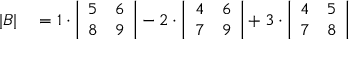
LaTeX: \begin{array} { r l } { | B | } & { { } = 1 \cdot { \left| \begin{array} { l l } { 5 } & { 6 } \\ { 8 } & { 9 } \end{array} \right| } - 2 \cdot { \left| \begin{array} { l l } { 4 } & { 6 } \\ { 7 } & { 9 } \end{array} \right| } + 3 \cdot { \left| \begin{array} { l l } { 4 } & { 5 } \\ { 7 } & { 8 } \end{array} \right| } } \end{array}